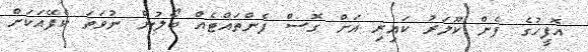
އޮފީހުގެ ފެން ކޫލަރު ކައިރި އަށް ގޮސް ފެންތައްޓެއް ބޯލުން ނުވަތަ ކެފޭއަކަށް